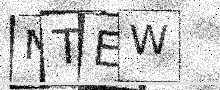
Text: NTEW